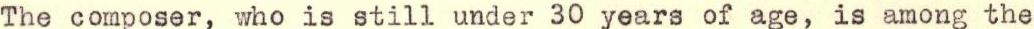
The composer, who is still under 30 years of age, is among the